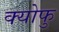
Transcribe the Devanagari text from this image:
क्योफु